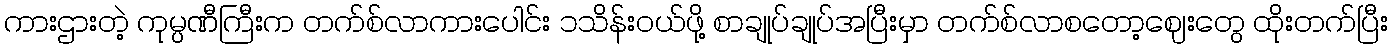
ကားဌားတဲ့ ကုမ္ပဏီကြီးက တက်စ်လာကားပေါင်း ၁သိန်းဝယ်ဖို့ စာချုပ်ချုပ်အပြီးမှာ တက်စ်လာစတော့ဈေးတွေ ထိုးတက်ပြီး